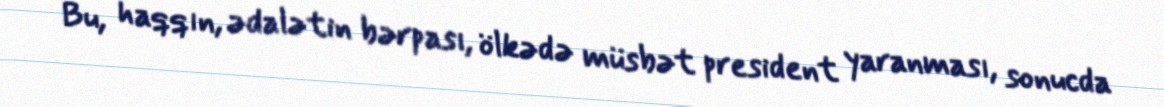
Bu, haqqın, ədalətin bərpası, ölkədə müsbət president yaranması, sonucda